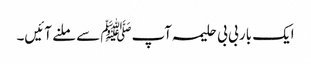
ایک بار بی بی حلیمہ آپﷺ سے ملنے آئیں۔